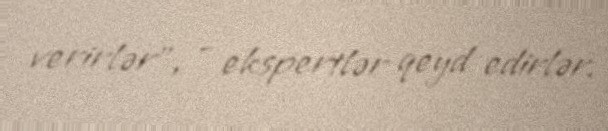
verirlər”, - ekspertlər qeyd edirlər.